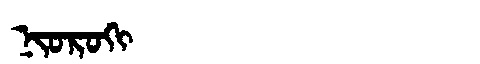
Manchu: ᠨᡳᠣᡵᠣᡴᡳ
Romanization: NIOROKI